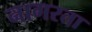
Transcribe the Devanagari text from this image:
नागरता